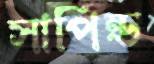
সাপিন্ড